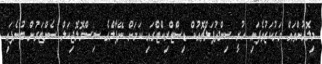
މިލޮޅުންތައް މަރުކަޒުވެފައި ހުރީ ސިންދުޕަލްޗޮއުކް ޑިސްޓްރިކްޓްގައި ކަމަށް ނޭޕާލްގެ ސިސްމޮލޮޖިކަލް ސެންޓަރުން ބުނެފައި